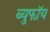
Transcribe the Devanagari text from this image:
ब्युफॉय